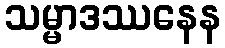
သမ္မာဒဿနေန